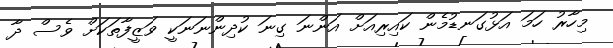
މިހާރު ހަމަ އަޅުގަނޑުމެން ކައިރިއަށް އަންނަ ގިނަ ކުދިންނަނަކީ ވަޒީފާތަކަށް ވެސް ދާ